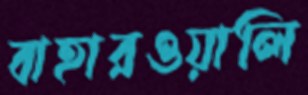
বাহারওয়ালি